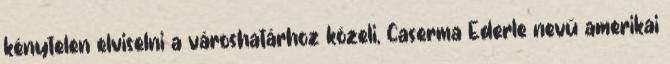
kénytelen elviselni a városhatárhoz közeli, Caserma Ederle nevű amerikai